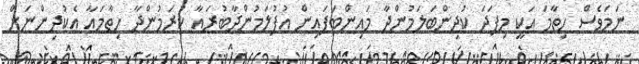
ނަމަވެސް ހިތާމަ އަކީ މިފަދަ ކުދިންބަލަމުންދާ މައިންބަފައިން އުފުލަމުންދާބުރައާ ކުރަމުންދާ ހިތާމައާ އެކުދިންނަށް